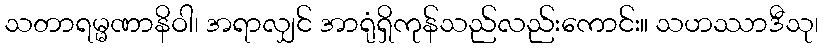
သတာရမ္မဏာနိဝါ၊ အရာလျှင် အာရုံရှိကုန်သည်လည်းကောင်း။ သဟဿာဒီသု၊